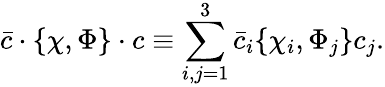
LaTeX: \bar{c}\cdot\{ \chi,\Phi\} \cdot c\equiv\sum_{i,j=1}^{3}\bar{c}_{i}\{ \chi_{i},\Phi_{j}\} c_{j}.